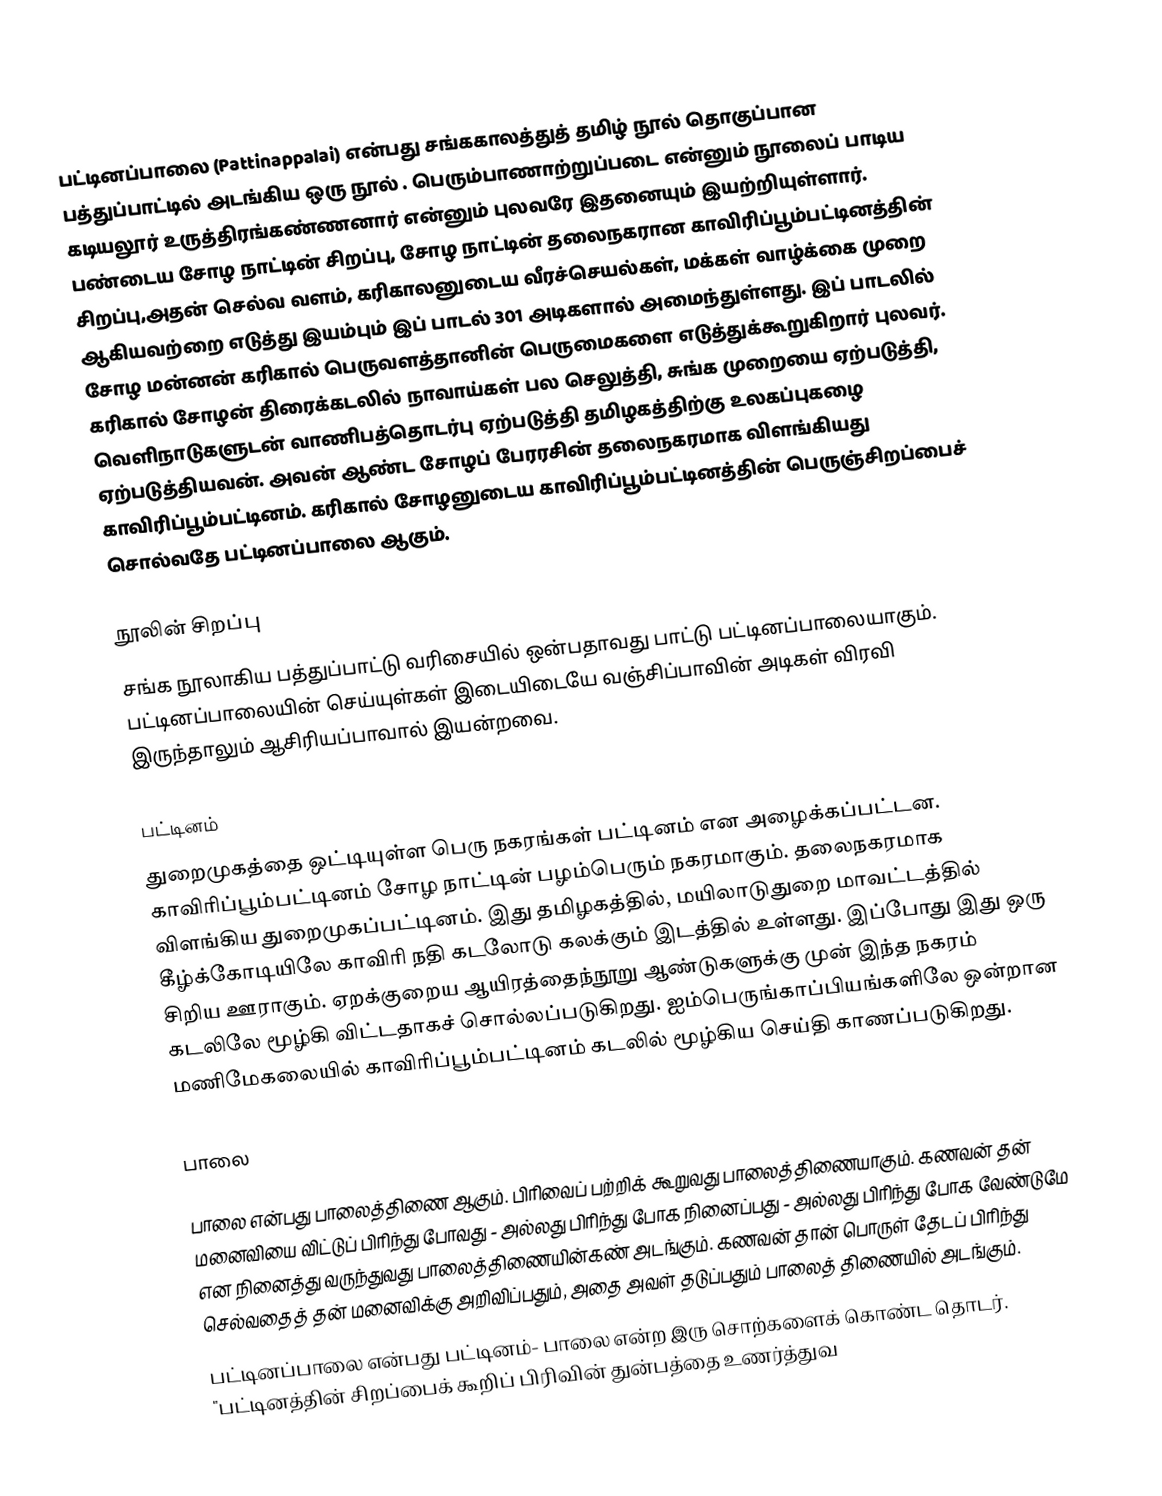
பட்டினப்பாலை (Pattinappalai) என்பது சங்ககாலத்துத் தமிழ் நூல் தொகுப்பான பத்துப்பாட்டில் அடங்கிய ஒரு நூல் . பெரும்பாணாற்றுப்படை என்னும் நூலைப் பாடிய கடியலூர் உருத்திரங்கண்ணனார் என்னும் புலவரே இதனையும் இயற்றியுள்ளார். பண்டைய சோழ நாட்டின் சிறப்பு, சோழ நாட்டின் தலைநகரான காவிரிப்பூம்பட்டினத்தின் சிறப்பு,அதன் செல்வ வளம்,  கரிகாலனுடைய வீரச்செயல்கள், மக்கள் வாழ்க்கை முறை ஆகியவற்றை  எடுத்து இயம்பும் இப் பாடல் 301 அடிகளால் அமைந்துள்ளது. இப் பாடலில் சோழ மன்னன் கரிகால் பெருவளத்தானின் பெருமைகளை எடுத்துக்கூறுகிறார் புலவர். கரிகால் சோழன் திரைக்கடலில் நாவாய்கள் பல செலுத்தி, சுங்க முறையை ஏற்படுத்தி, வெளிநாடுகளுடன் வாணிபத்தொடர்பு ஏற்படுத்தி தமிழகத்திற்கு உலகப்புகழை  ஏற்படுத்தியவன். அவன் ஆண்ட சோழப் பேரரசின் தலைநகரமாக விளங்கியது காவிரிப்பூம்பட்டினம். கரிகால் சோழனுடைய காவிரிப்பூம்பட்டினத்தின் பெருஞ்சிறப்பைச் சொல்வதே பட்டினப்பாலை ஆகும்.

நூலின் சிறப்பு
சங்க நூலாகிய பத்துப்பாட்டு வரிசையில் ஒன்பதாவது பாட்டு பட்டினப்பாலையாகும். பட்டினப்பாலையின் செய்யுள்கள்  இடையிடையே வஞ்சிப்பாவின் அடிகள் விரவி இருந்தாலும் ஆசிரியப்பாவால் இயன்றவை.

பட்டினம்
துறைமுகத்தை ஒட்டியுள்ள பெரு நகரங்கள் பட்டினம் என அழைக்கப்பட்டன. காவிரிப்பூம்பட்டினம் சோழ நாட்டின் பழம்பெரும் நகரமாகும். தலைநகரமாக விளங்கிய  துறைமுகப்பட்டினம். இது தமிழகத்தில், மயிலாடுதுறை மாவட்டத்தில் கீழ்க்கோடியிலே காவிரி நதி கடலோடு கலக்கும் இடத்தில் உள்ளது. இப்போது இது ஒரு சிறிய ஊராகும். ஏறக்குறைய ஆயிரத்தைந்நூறு ஆண்டுகளுக்கு முன் இந்த நகரம் கடலிலே மூழ்கி விட்டதாகச் சொல்லப்படுகிறது. ஐம்பெருங்காப்பியங்களிலே ஒன்றான மணிமேகலையில் காவிரிப்பூம்பட்டினம் கடலில் மூழ்கிய செய்தி காணப்படுகிறது.

பாலை

பாலை என்பது பாலைத்திணை ஆகும். பிரிவைப் பற்றிக் கூறுவது பாலைத்திணையாகும். கணவன் தன் மனைவியை விட்டுப் பிரிந்து போவது - அல்லது பிரிந்து போக நினைப்பது - அல்லது பிரிந்து போக வேண்டுமே என நினைத்து வருந்துவது பாலைத்திணையின்கண் அடங்கும். கணவன் தான் பொருள் தேடப் பிரிந்து செல்வதைத் தன் மனைவிக்கு அறிவிப்பதும், அதை அவள் தடுப்பதும் பாலைத் திணையில் அடங்கும்.
பட்டினப்பாலை என்பது பட்டினம்- பாலை என்ற இரு சொற்களைக் கொண்ட தொடர். "பட்டினத்தின் சிறப்பைக் கூறிப் பிரிவின் துன்பத்தை உணர்த்துவ